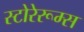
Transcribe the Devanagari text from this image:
स्टोरेरूम्स